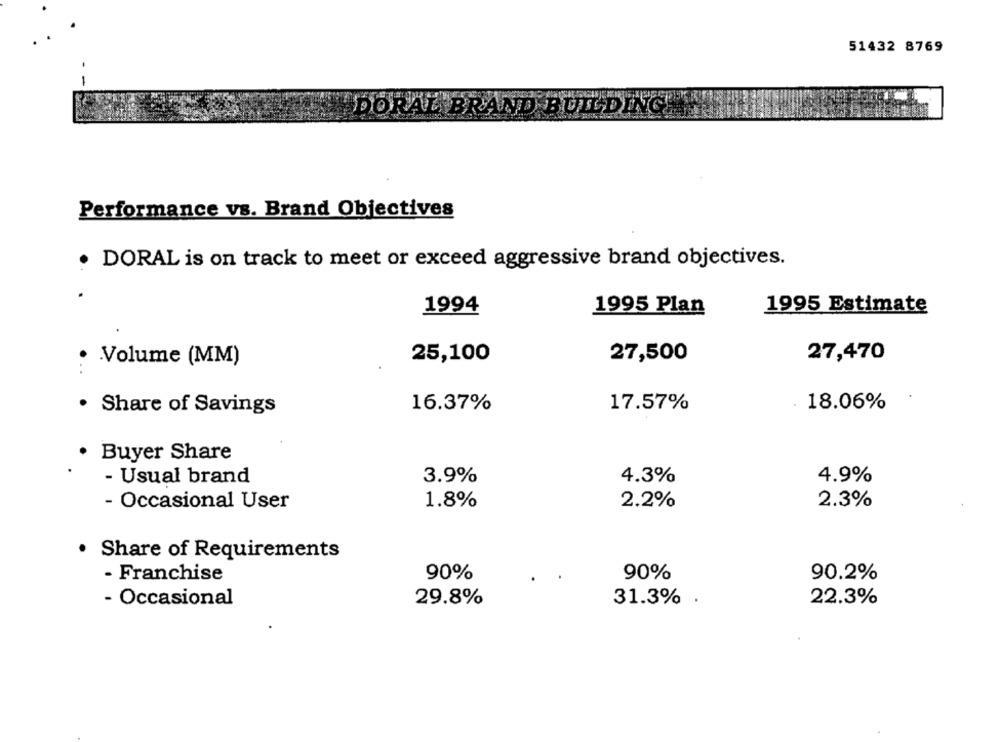
51432 8769
DORAL BRAND BUILDING!
Performance vs. Brand Objectives
· DORAL is on track to meet or exceed aggressive brand objectives.
1994
1995 Plan
1995 Estimate
25,100
27,500
27,470
Volume (MM)
16.37%
17.57%
18.06%
· Share of Savings
· Buyer Share
- Usual brand
3.9%
4.3%
4.9%
- Occasional User
1.8%
2.2%
2.3%
· Share of Requirements
- Franchise
90%
90%
90.2%
- Occasional
29.8%
31.3% .
22.3%